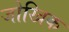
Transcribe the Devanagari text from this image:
जोखिक